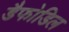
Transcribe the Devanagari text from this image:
डैफोडिल